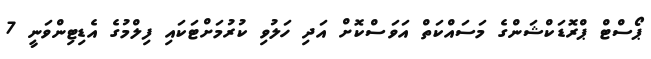
ޕޯސްޓް ޕްރޮޑަކްޝަންގެ މަސައްކަތް އަވަސްކޮށް އަދި ހަލުވި ކުރުމަށްޓަކައި ފިލްމުގެ އެޑިޓިންވަނީ 7